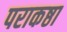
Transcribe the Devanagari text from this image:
पराकष्ठा